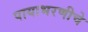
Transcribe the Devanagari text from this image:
पायाभरणीचे